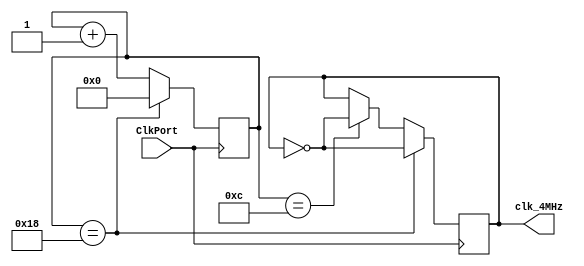
`timescale 1ns / 1ps
// Created by David J. Marion
// Date 7.22.2022
// For NexysA7 Accelerometer Reading

module iclk_gen(
    input ClkPort,        // nexys a7 sys clk
    output clk_4MHz         // 4MHz clk
);
    
    // For a 50% duty cycle
    // 100 x 10^6 / 4 x 10^6 / 2 = 12.5 <-- not possible to split a bit
    // Solution:
    // 100 x 10^6 / 4 x 10^6 = 25
    // Start clk_reg == 1 
    // Count up to 13, negate clk_reg, count up to 25, negate clk_reg, reset counter, repeat
    // Results in a 52% duty cycle, which is fine, it is still a 4MHz signal
    reg [4:0] counter = 5'b0;
    reg clk_reg = 1'b1;
    
    always @(posedge ClkPort) begin
        if(counter == 12)           // 0-12 is 13 ticks
            clk_reg <= ~clk_reg;
        if(counter == 24) begin     // 13-24 is 12 ticks
            clk_reg <= ~clk_reg;
            counter <= 5'b0;        // reset counter
        end
        else
            counter <= counter + 1;
    end

    assign clk_4MHz = clk_reg;

endmodule